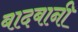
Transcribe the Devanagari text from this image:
बादबानी